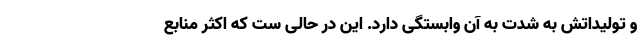
و تولیداتش به شدت به آن وابستگی دارد. این در حالی ست که اکثر منابع